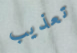
تعذيب